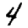
Digit: 4